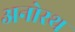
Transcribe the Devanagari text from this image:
अनोरथ